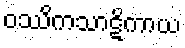
ဝဿိကသာဋိကာယ